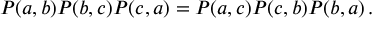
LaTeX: P ( a , b ) P ( b , c ) P ( c , a ) = P ( a , c ) P ( c , b ) P ( b , a ) \, .